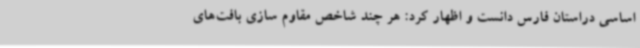
اساسی دراستان فارس دانست و اظهار کرد: هر چند شاخص مقاوم سازی بافت‌های